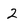
Character: 2